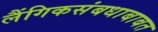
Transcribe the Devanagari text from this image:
लैंगिकसंबधाबाबत